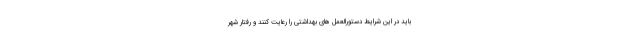
باید در این شرایط دستورالعمل های بهداشتی را رعایت کنند و رفتار شهر